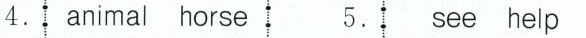
4. animal horse 5. see help